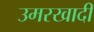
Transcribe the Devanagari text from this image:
उमरखादी